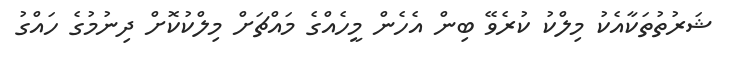
ޝަރުތުތަކާއެކު މިލްކު ކުރެވޭ ބިން އެހެން މީހެއްގެ މައްޗަށް މިލްކުކޮށް ދިނުމުގެ ހައްގު